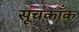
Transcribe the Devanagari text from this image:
सूचकाँक